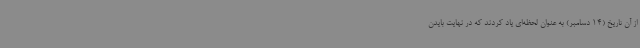
از آن تاریخ (14 دسامبر) به عنوان لحظه‌ای یاد کردند که در نهایت بایدن